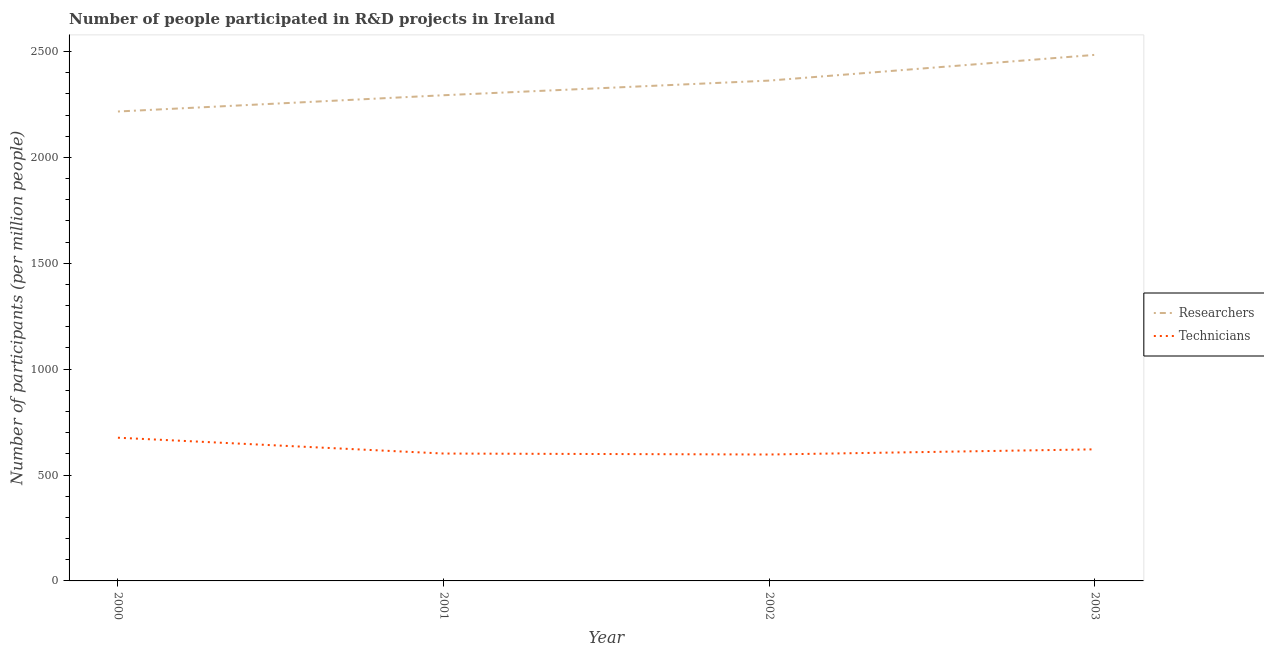
| Year | Researchers | Technicians |
 | --- | --- | --- |
 | 2000 | 2.22e+03 | 676 |
 | 2001 | 2.29e+03 | 602 |
 | 2002 | 2.36e+03 | 597 |
 | 2003 | 2.48e+03 | 621 |